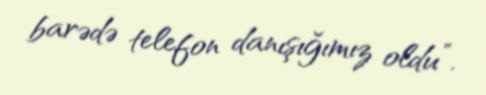
barədə telefon danışığımız oldu”.